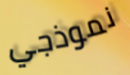
نموذجي